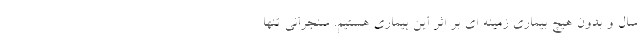
سال و بدون هیچ بیماری زمینه ای بر اثر این بیماری هستیم. سنجرانی تنها